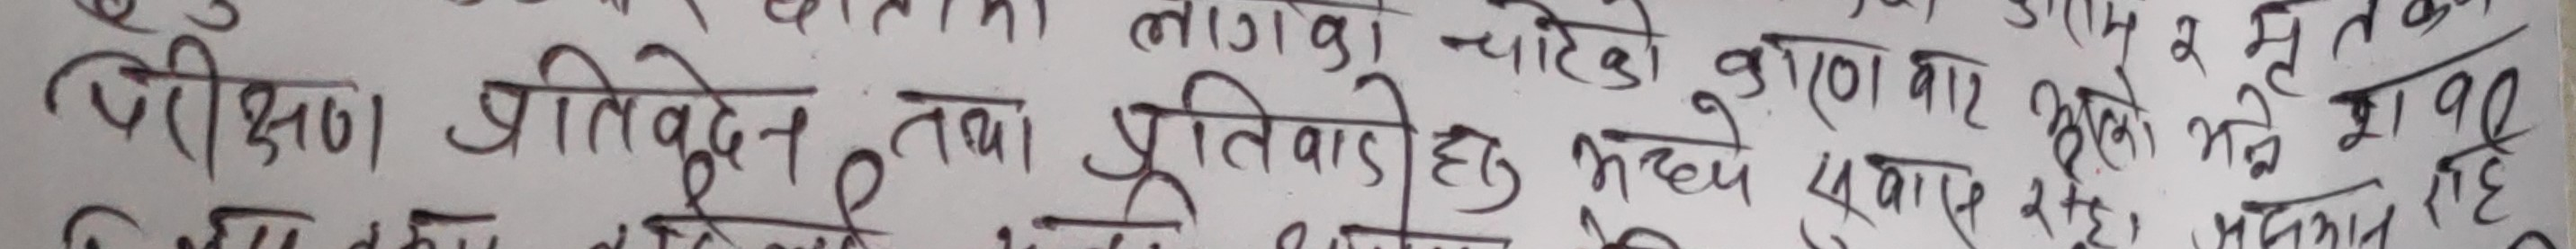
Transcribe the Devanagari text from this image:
परीक्षण प्रतिवेदन तथा प्रतिवादीहरू मध्य सवाल रहे । मृतक